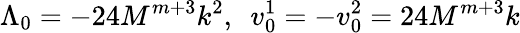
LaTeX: \Lambda_{0}=-24M^{m+3}k^{2},~~v_{0}^{1}=-v_{0}^{2}=24M^{m+3}k